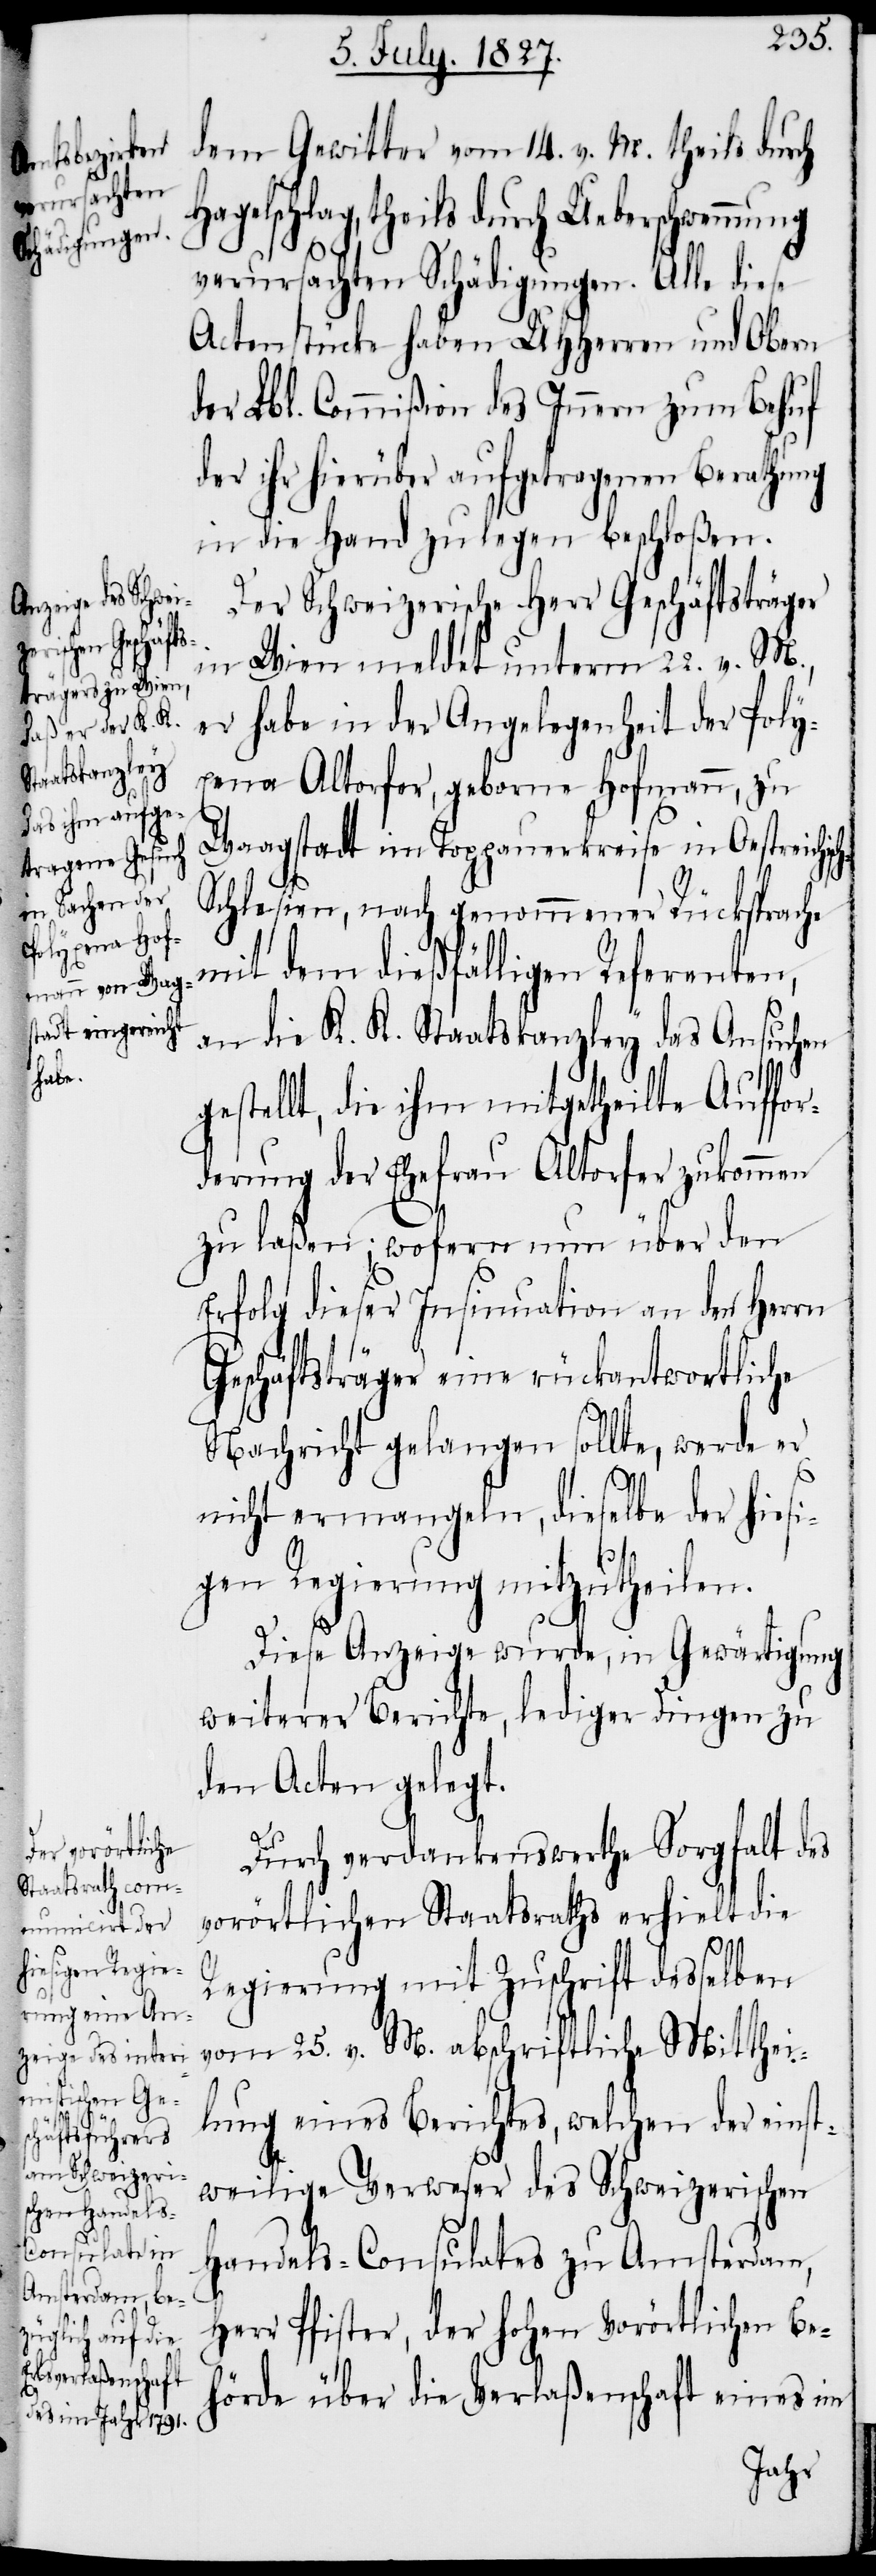
ch-S¬

dem Gewitter vom 14. v. M. theils durch
Hagelschlag, theils durch Ueberschwemmung
verursachten Schädigungen. Alle diese
Actenstücke haben UHHerren und Obern
der Lbl. Commißion des Innern zum Behuf
der ihr hierüber aufgetragenen Berathung
in die Hand zu legen beschloßen.
Der Schweizerische Herr Geschäftsträger
in Wien meldet unterm 22. v. M.,
er habe in der Angelegenheit der Poly¬
xena Altorfer, geborne Hofmann, zu
Waagstadt im Troppauerkreise in Oestreichis¬
chlesien, nach genommener Rücksprache
mit dem dießfälligen Referenten,
an die K. K. Staatskanzley das Ansuchen
gestellt, die ihm mitgetheilte Auffor¬
derung der Ehefrau Altorfer zukommen
zu laßen; wofern nun über den
Erfolg dieser Insinuation an den Herrn
Geschäftsträger eine rückantwortliche
Nachricht gelangen sollte, werde er
nicht ermangeln, dieselbe der hiesi¬
gen Regierung mitzutheilen.
Diese Anzeige wurde, in Gewärtigung
weiterer Berichte, lediger Dingen zu
den Acten gelegt.
Durch verdankenswerthe Sorgfalt des
vorörtlichen Staatsraths erhielt die
Regierung mit Zuschrift desselben
vom 25. v. M. abschriftliche Mitthei¬
lung eines Berichtes, welchen der einst¬
weilige Verweser des Schweizerischen
Handels-Consulates zu Amsterdam,
Herr Pfister, der hohen vorörtlichen Be¬
hörde über die Verlaßenschaft eines im